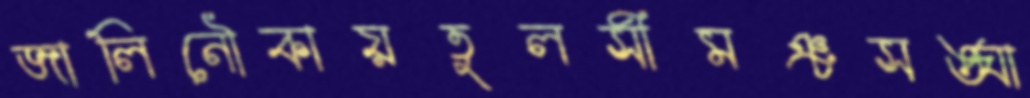
জালিনৌকায়তুলসীমঞ্চসঙ্ঘা